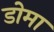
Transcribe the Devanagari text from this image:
डोमा